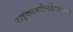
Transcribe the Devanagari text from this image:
राइक्समरीनवेर्फ्टमध्ये